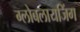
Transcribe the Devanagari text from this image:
ग्लोबलायजिंग